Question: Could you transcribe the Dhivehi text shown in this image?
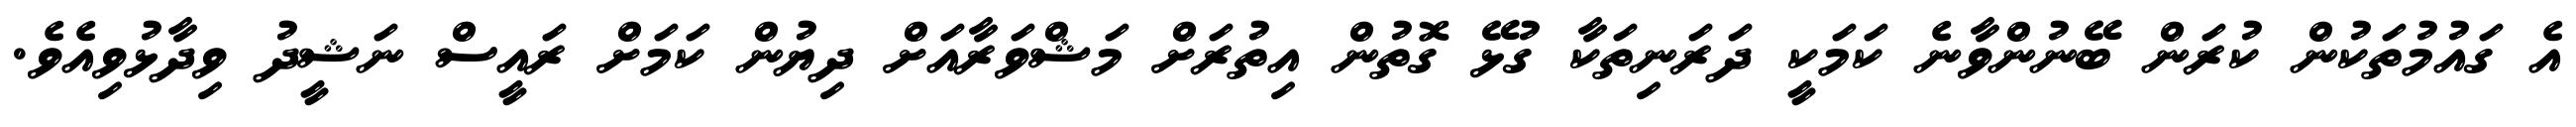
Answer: އެ ގައުމުތަކުން ކުރަން ބޭނުންވާނެ ކަމަކީ ދަރަނިތަކާ ގުޅޭ ގޮތުން އިތުރަށް މަޝްވަރާއަށް ދިޔުން ކަމަށް ރައީސް ނަޝީދު ވިދާޅުވިއެވެ.